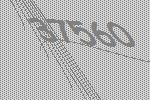
37560